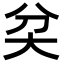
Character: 𡗯